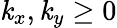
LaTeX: \mathit{k}_{x},\mathit{k}_{y}\ge0